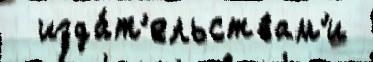
  изда́т'ельствам'и